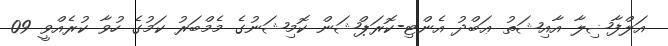
އަލްފާޟިލާ އާއިޝަތު ޢަބްދު އެންޓި-ކޮރަޕްޝަން ކޮމިޝަނުގެ މެމްބަރު ކަމުގެ ހުވާ ކުރެއްވީ 09